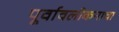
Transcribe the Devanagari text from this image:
पूर्वावलोकनाचा